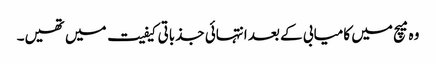
وہ میچ میں کامیابی کے بعد انتہائی جذباتی کیفیت میں تھیں۔